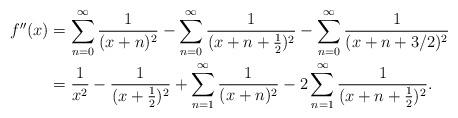
LaTeX: \begin{align*}f''(x) &= \sum_{n=0}^\infty \frac{1}{(x+n)^2} - \sum_{n=0}^\infty\frac{1}{(x+n+\frac12)^2} - \sum_{n=0}^\infty\frac{1}{(x+n+3/2)^2} \\&= \frac{1}{x^2} - \frac{1}{(x+\frac12)^2} + \sum_{n=1}^\infty \frac{1}{(x+n)^2} - 2\sum_{n=1}^\infty \frac{1}{(x+n+\frac12)^2}.\end{align*}